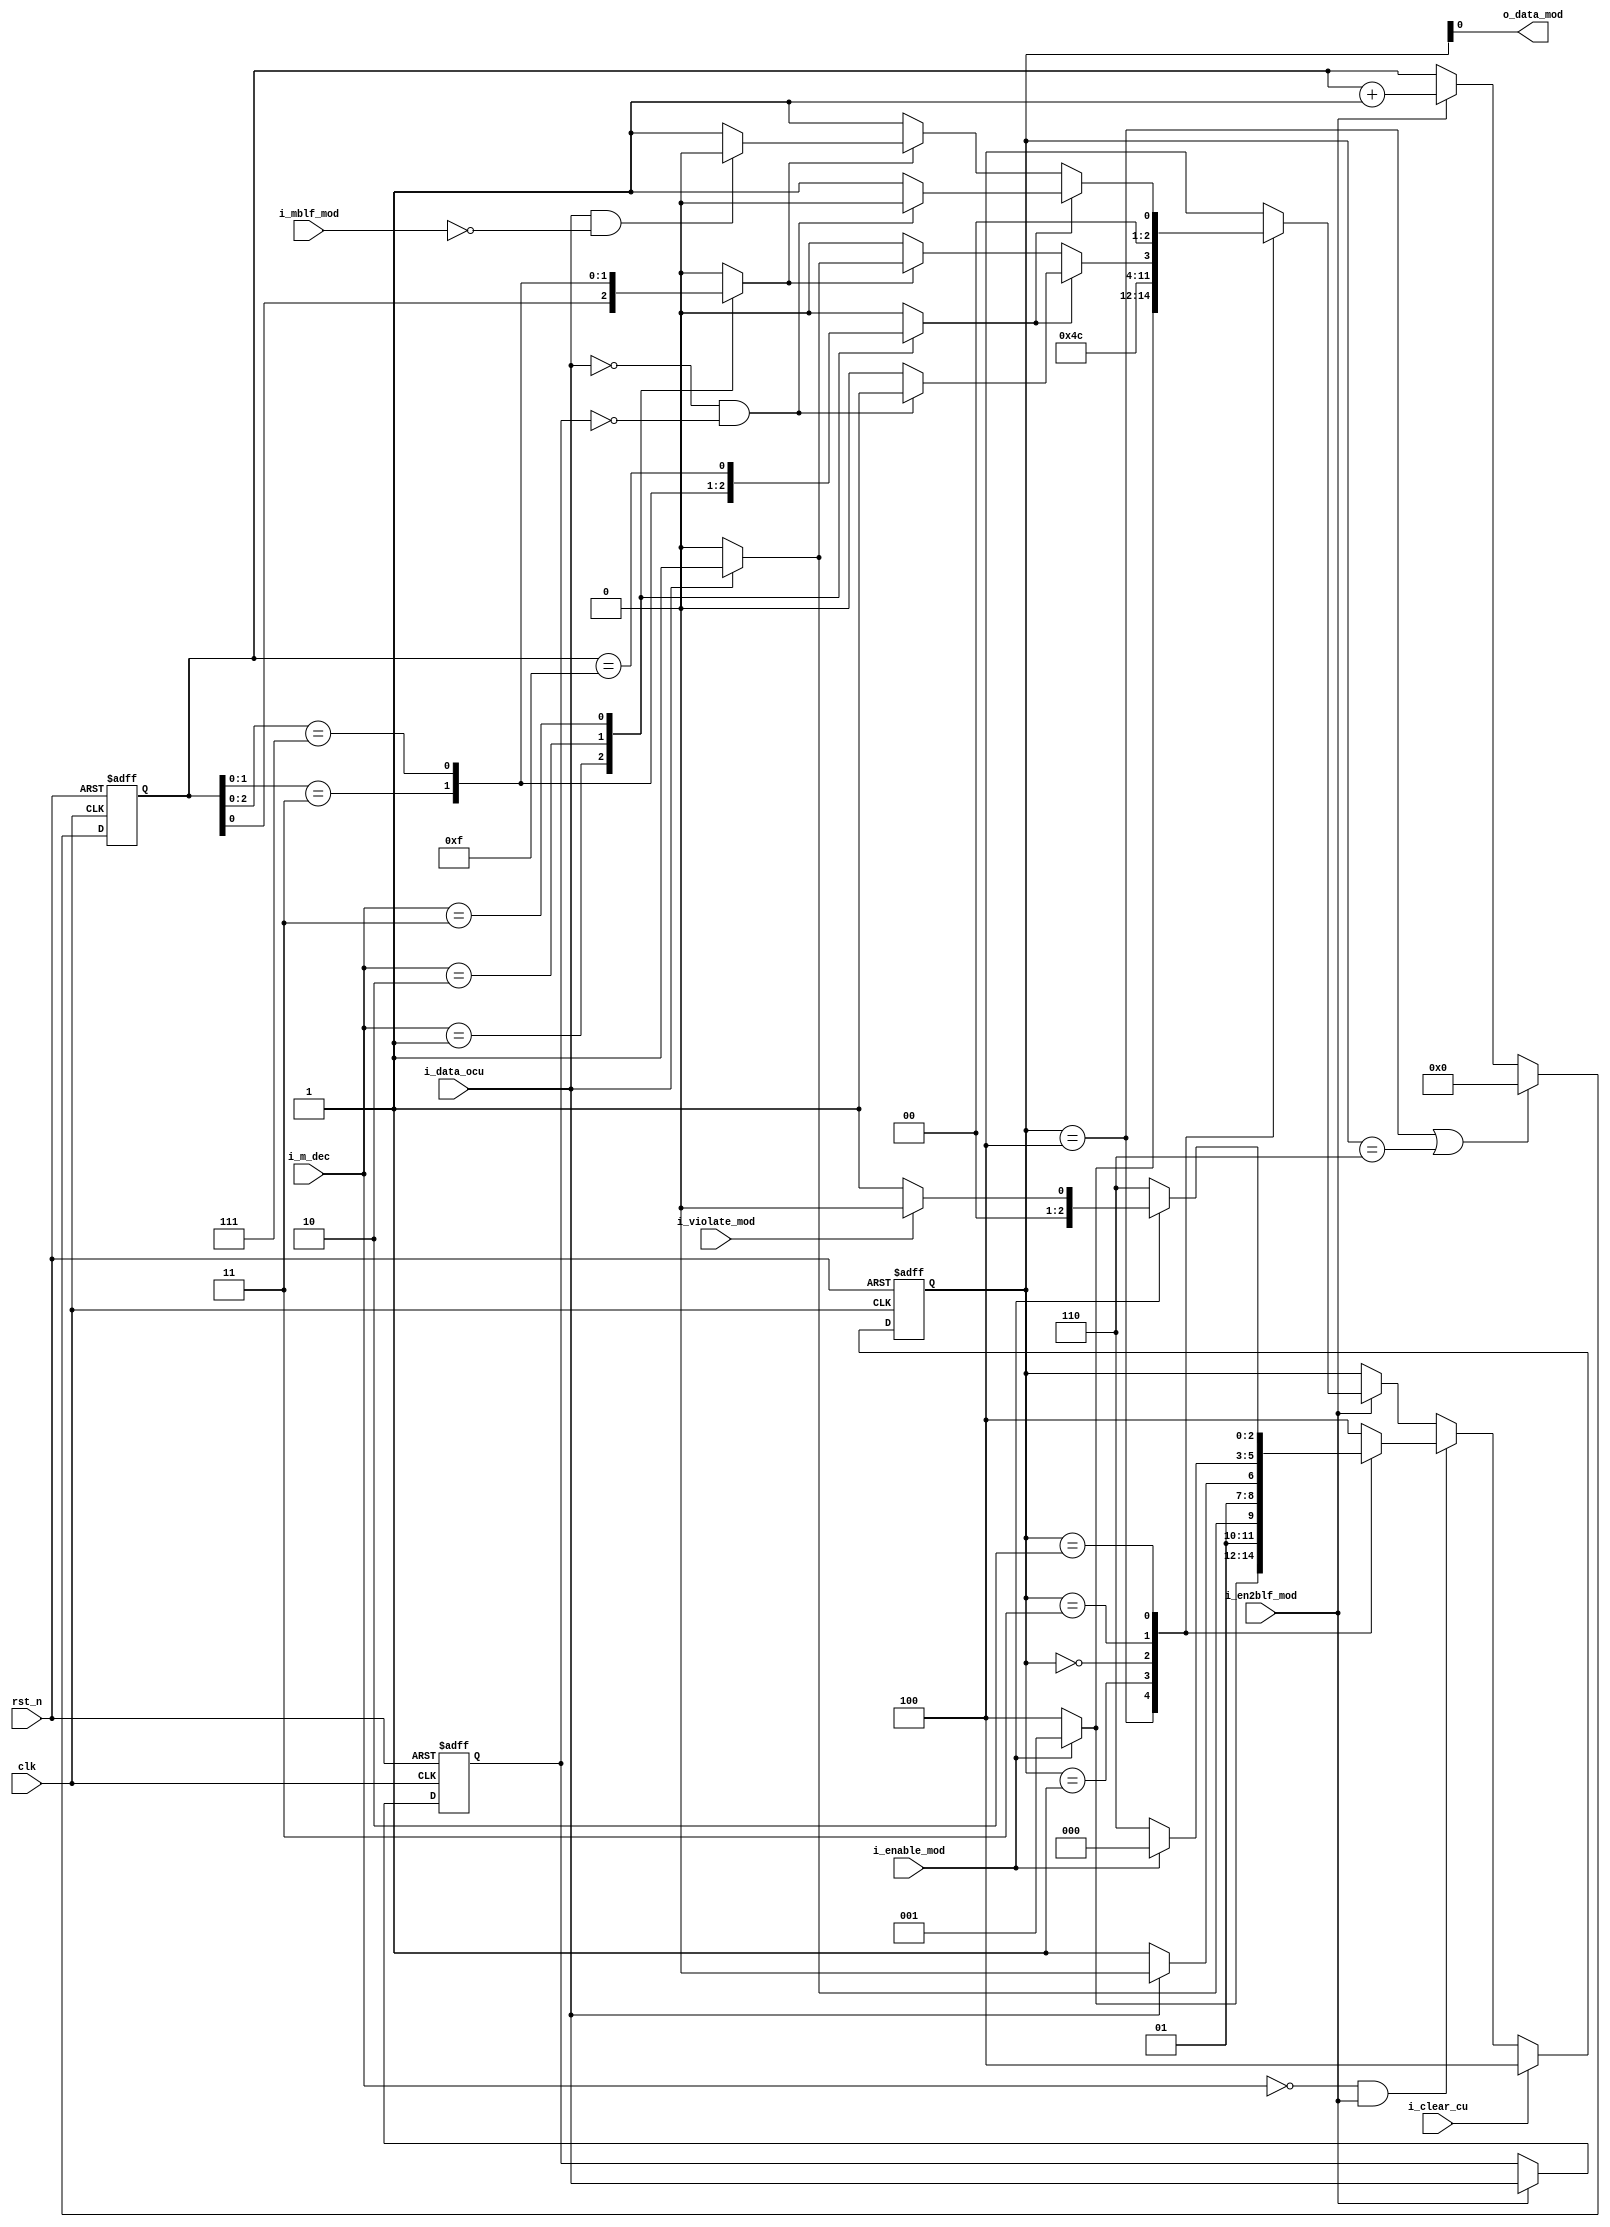
`timescale 1ns/100ps
module modulate(
	input			clk		,
	input			rst_n	,
	input			i_data_ocu	,
	input	[1:0]	i_m_dec		,
	input			i_enable_mod	,
	input			i_mblf_mod	,
	input			i_violate_mod	,
	input			i_en2blf_mod	,
	input			i_clear_cu	,
	
	output	reg		o_data_mod	
			);

parameter 	P1H	=	3'd1 	,
			P1L	=	3'd0 	,
			P2H	=	3'd3 	,
			P2L	=	3'd2 	,
			IDLE=	3'd4	,
			DONE=	3'd6 	;
	
reg [2:0]	state, next	;
reg 		mode_fm0	;
reg 		mode_miller	;
reg [3:0]	mc			;
reg 		half_datarate	;
reg 		datarate	;
reg 		data_d		;

always @ (*) 
	begin 
	mode_fm0 	=	i_m_dec ==2'b00	;
	mode_miller 	=	i_m_dec !=2'b00 	;
	end

always	@(posedge clk or negedge rst_n )
	if (~rst_n )
		state <=	IDLE	;
	else if (i_clear_cu )
		state <=	IDLE 	;
	else
		state <=	next 	;

always @ (*) 
begin
    next = state;
	if (mode_fm0 && i_en2blf_mod )
		case (state )
		IDLE :	next 	=	(i_enable_mod ) ? P1H :IDLE ;
		P1H :	next 	=	(i_data_ocu )? P2H :P2L 	;
		P1L :	next 	=	(i_data_ocu )? P2L :P2H 	;
		P2H :	next 	=	(~i_enable_mod )? DONE :P1L 	;
		P2L :	next 	=	(~i_enable_mod )? DONE :(i_violate_mod)? P1L :P1H 	;
		default :	next 	=	IDLE 	;
		endcase
	else if (i_en2blf_mod )
		case (state )
		IDLE :	next 	=	(i_enable_mod ) ? P1H :IDLE ;
		P1H :	next 	=	P2L 	;
		P1L :	next 	=	P2H 	;
		P2H :
			begin 
			if (datarate )
				next 	=	(~i_data_ocu && ~data_d ) ? P1H : P1L 	;
			else if (half_datarate )
				next 	=	(i_data_ocu )? P1H : P1L 	;
			else 
				next 	=	P1L 	;
			end
		P2L :
			begin 
			if (datarate )
				next 	=	(~i_data_ocu && ~data_d ) ? P1L : P1H  	;
			else if (half_datarate )
				next 	=	(i_data_ocu && ~i_mblf_mod )? P1L : P1H  	;
			else 
				next 	=	P1H  	;
			end	
		default :	next 	=	IDLE 	;
		endcase 	
	else
		next 	=	state 			;
end

always	@(posedge clk or negedge rst_n )
	if (~rst_n )
		mc 		<=	4'h0	;
	else if (state ==IDLE || state ==DONE )
		mc 		<=	4'h0 	;
	else if (i_en2blf_mod )
		mc 		<=	mc + 'h1	;

always 	@(posedge clk  or negedge rst_n )
	if (~rst_n )
		data_d 		<=	1'b0 	;
	else if (i_en2blf_mod )
		data_d 		<=	i_data_ocu 	;

always @ (*) 
	begin 
	o_data_mod 	=	state [0]		;
	case (i_m_dec )
	2'b01:	
		begin 
		half_datarate 	=	mc [0]==1'b1		;
		datarate 	=	mc [1:0]==2'b11		;
		end
	2'b10:
		begin 
		half_datarate 	=	mc [1:0]==2'b11 	;     
		datarate 	=	mc [2:0]==3'b111	;     
		end 
	2'b11:
		begin 
		half_datarate 	=	mc [2:0]==3'b111 	;
		datarate 	=	mc [3:0]==4'b1111	;
		end 
	default :
		begin 
		half_datarate 	=	1'b0		;
		datarate 	=	1'b0 		;
		end
	endcase 
	end
	
endmodule